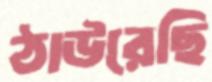
ঠাউরেছি